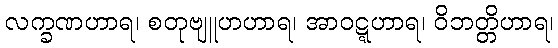
လက္ခဏဟာရ၊ စတုဗျူဟဟာရ၊ အာဝဋ္ဋဟာရ၊ ဝိဘတ္တိဟာရ၊